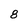
Character: 8